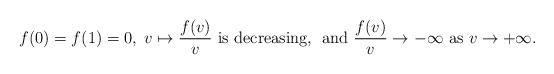
LaTeX: \begin{align*}f(0)=f(1)=0, \; v \mapsto \frac{f(v)}{v} \mbox{ is decreasing,} \; \mbox{ and } \frac{f(v)}{v} \rightarrow -\infty \mbox{ as } v \rightarrow +\infty .\end{align*}